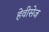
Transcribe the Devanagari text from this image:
हेवीसेज